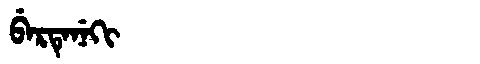
Manchu: ᠪᡝᡵᡨᡝᠨᡝᡴᡳ
Romanization: BERTENEKI